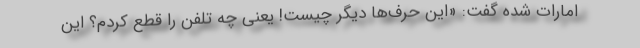
امارات شده گفت: «این حرف‌ها دیگر چیست! یعنی چه تلفن را قطع کردم؟ این